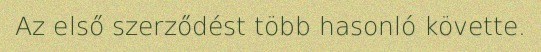
Az első szerződést több hasonló követte.